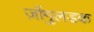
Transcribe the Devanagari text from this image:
ज़ोंगुलडक